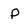
Character: p